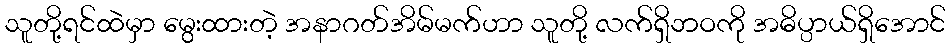
သူတို့ရင်ထဲမှာ မွေးထားတဲ့ အနာဂတ်အိမ်မက်ဟာ သူတို့ လက်ရှိဘဝကို အဓိပ္ပာယ်ရှိအောင်